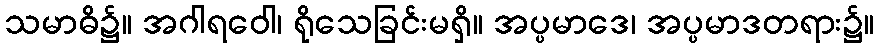
သမာဓိ၌။ အဂါရဝေါ၊ ရိုသေခြင်းမရှိ။ အပ္ပမာဒေ၊ အပ္ပမာဒတရား၌။